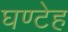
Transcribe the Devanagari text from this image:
घण्टेह